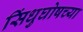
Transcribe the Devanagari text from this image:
सिंधुघोषच्या